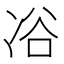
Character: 𠗖